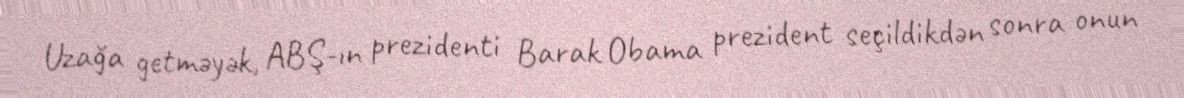
Uzağa getməyək, ABŞ-ın prezidenti Barak Obama prezident seçildikdən sonra onun